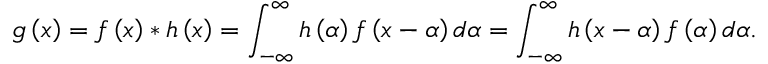
g \left( x \right) = f \left( x \right) * h \left( x \right) = \int _ { - \infty } ^ { \infty } h \left( \alpha \right) f \left( x - \alpha \right) d \alpha = \int _ { - \infty } ^ { \infty } h \left( x - \alpha \right) f \left( \alpha \right) d \alpha .